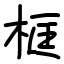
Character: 框